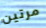
مرتين